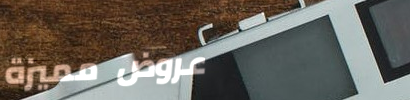
عروض مميزة